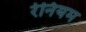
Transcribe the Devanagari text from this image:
रेनियम